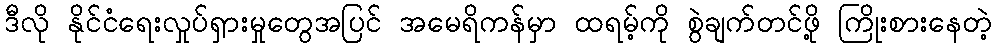
ဒီလို နိုင်ငံရေးလှုပ်ရှားမှုတွေအပြင် အမေရိကန်မှာ ထရမ့်ကို စွဲချက်တင်ဖို့ ကြိုးစားနေတဲ့